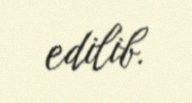
edilib.